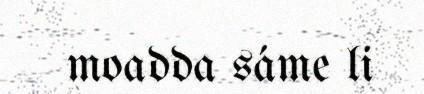
moadda sáme li